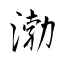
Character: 渤